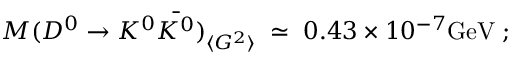
{ \cal { M } } ( D ^ { 0 } \rightarrow K ^ { 0 } \bar { K ^ { 0 } } ) _ { \langle G ^ { 2 } \rangle } \; \simeq \; 0 . 4 3 \times 1 0 ^ { - 7 } \mathrm { G e V } \; ;